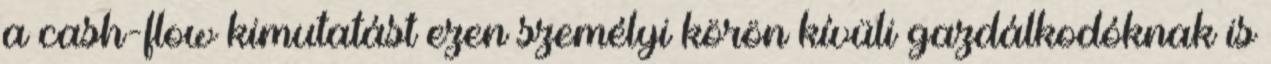
a cash-flow kimutatást ezen személyi körön kívüli gazdálkodóknak is